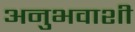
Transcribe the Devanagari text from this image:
अनुभवाशी